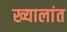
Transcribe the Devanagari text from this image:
ख्यालांत